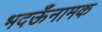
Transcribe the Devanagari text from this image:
भदऊँनामक